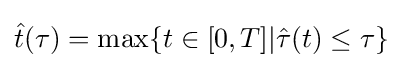
{\hat {t}}(\tau )=\max\{t\in [0,T]|{\hat {\tau }}(t)\leq \tau \}